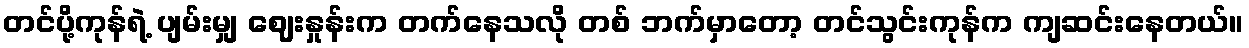
တင်ပို့ကုန်ရဲ့ ပျမ်းမျှ ဈေးနှုန်းက တက်နေသလို တစ် ဘက်မှာတော့ တင်သွင်းကုန်က ကျဆင်းနေတယ်။